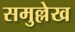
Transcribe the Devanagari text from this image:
समुल्लेख